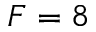
F = 8